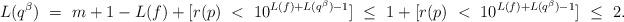
LaTeX: \begin{align*} L(q^{\beta}) \ =\ m+1-L(f)+[r(p)\ <\ 10^{L(f)+L(q^{\beta})-1}]\ \le \ 1+[r(p)\ <\ 10^{L(f)+L(q^{\beta})-1}]\ \le \ 2.\end{align*}